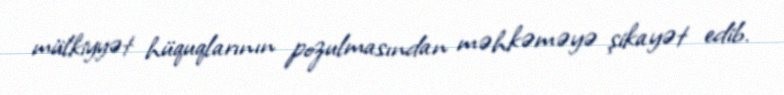
mülkiyyət hüquqlarının pozulmasından məhkəməyə şikayət edib.